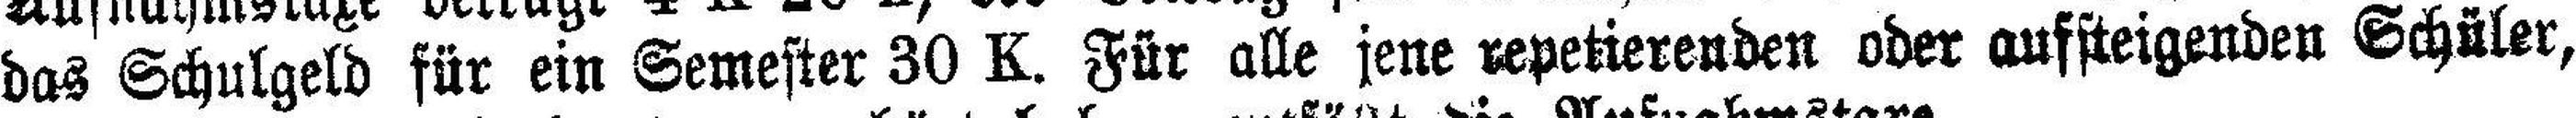
das Schulgeld für ein Semester 30 K. Für alle jene repetierenden oder aufsteigenden Schüler,